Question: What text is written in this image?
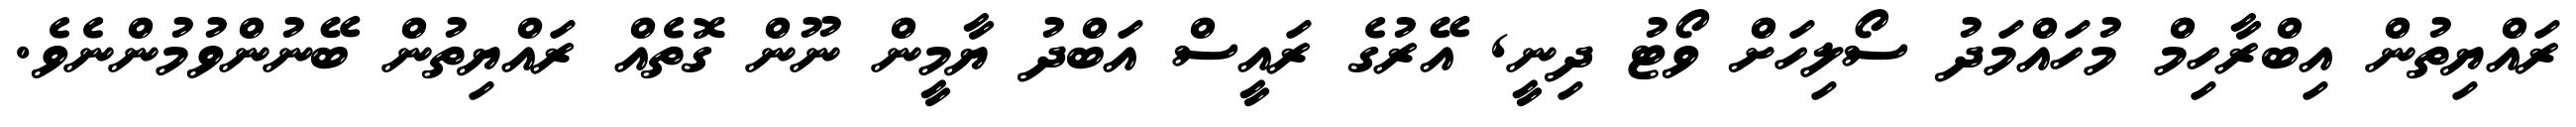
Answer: ރައްޔިތުން އިބްރާހިމް މުހައްމަދު ސޯލިހަށް ވޯޓު ދިނީ, އޭރުގެ ރައީސް އަބްދު ޔާމީން ނޫން ގޮތެއް ރައްޔިތުން ބޭނުންވުމުންނެވެ.